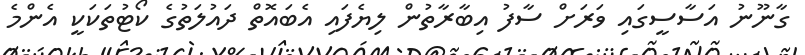
ގާނޫނު އަސާސީގައި ވަރަށް ސާފު އިބާރާތުން ލިޔެފައި އެބައޮތް ދައުލަތުގެ ކޯޓުތަކަކީ އެންމެ